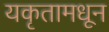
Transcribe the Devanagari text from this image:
यकृतामधून